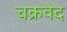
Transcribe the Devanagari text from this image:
चक्रवेद